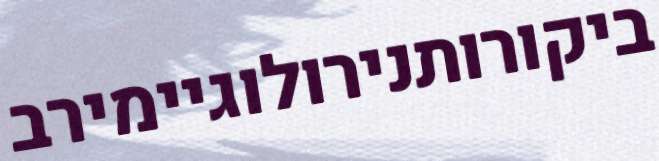
ביקורותנירולוגיימירב